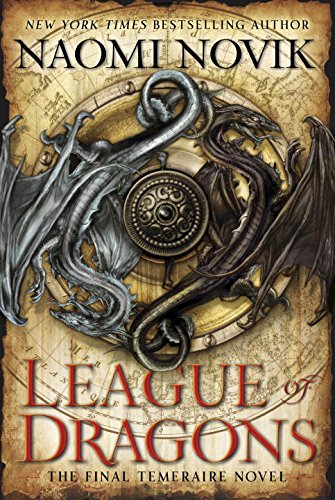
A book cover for League of Dragons (Temeraire); Naomi Novik; Science Fiction & Fantasy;